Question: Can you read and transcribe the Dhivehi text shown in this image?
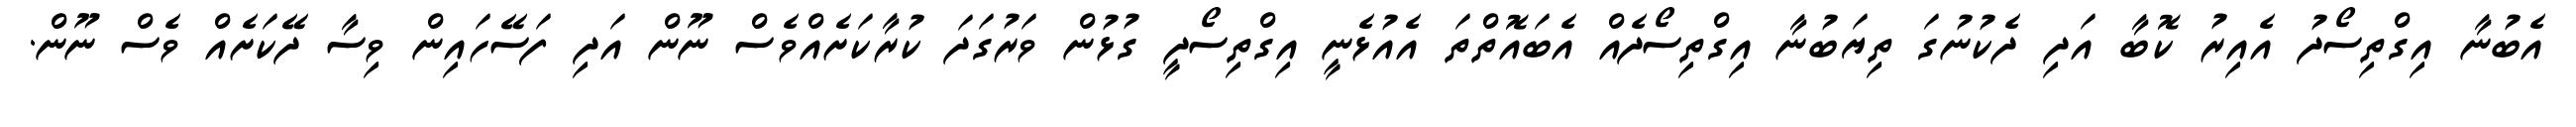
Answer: އެބުނާ އިގްތިސޯދު އެއިރު ކޮބާ އަދި ދެކުނުގަ ތިޔަބުނާ އިގްތިސޯދެއް އެބައޮތްތަ އެއުޅެނީ އިގްތިސޯދީ ގުޅުން ވަރުގަދަ ކުރާކަށެއްވެސް ނޫން އަދި ފަސޭހައިން ވިސާ ދޭކަށެއް ވެސް ނޫން.